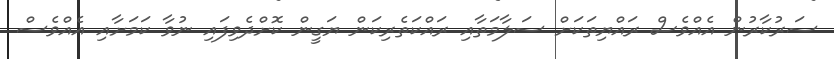
ސަރުކާރުން އެއްވެސް ރައްޔިތަކަށް ސަލާމަތާއި ރައްކަތެރިކަން ޔަގީން ކޮށްދެވިފައި ނުވާ ކަމަށާއި އެއްވެސް